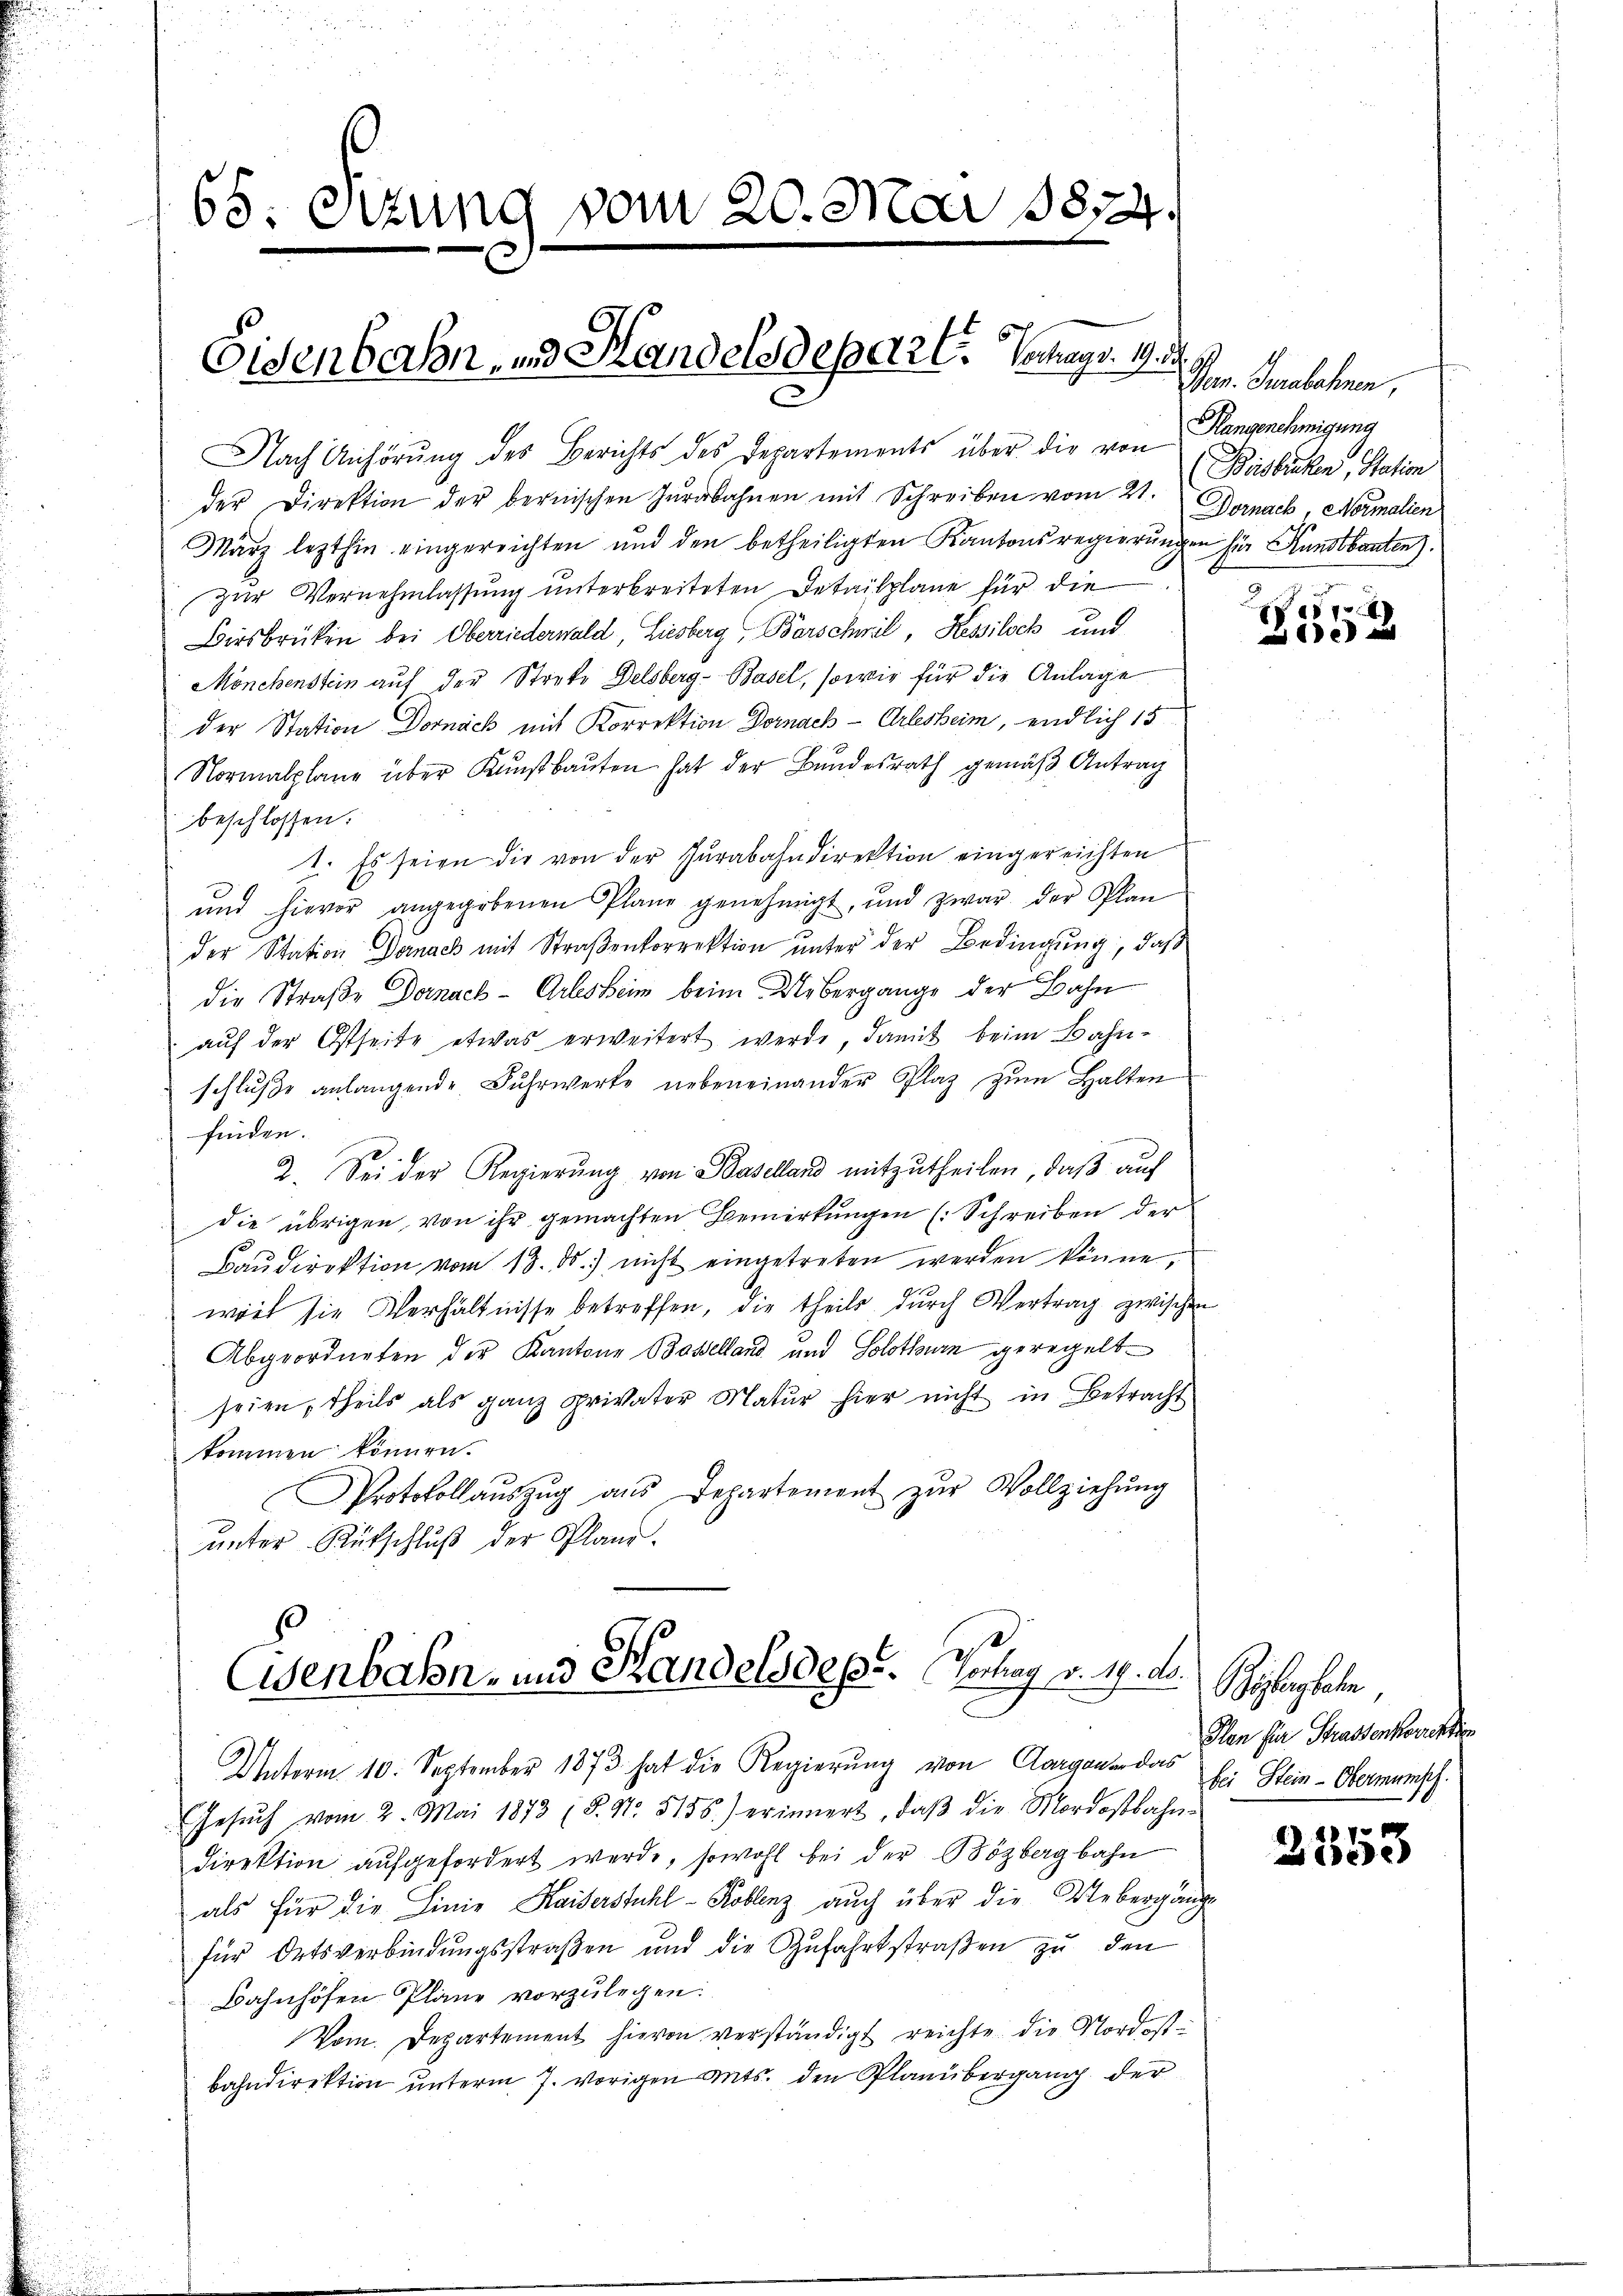
65. Etzung vom 20. Mai 1874

Eisenbahn, und Handelsdepart. Sags. 1.

Nach Anhörung des Berichts des Departements über die von
der Direktion der bernischen Jŭrabahnen mit Schreiben vom 21. Dornach, Normalien
März lezthin eingereichten und den betheiligten Kantonsregierŭngen für Kunstbauten).
zur Vernehmlassung unterbreiteten Detailpläne für die
Birsbrüken bei Oberriederwald, Liesberg, Barschwil, Kesslich und
Mönchenstein auf der Streke Delsberg-Basel, sowie für die Anlage
der Station Dornach mit Korrektion Dornach - Arlesheim, endlich 15
Normalplane über Kunstbauten hat der Bundesrath gemäß Antrag
beschlossen.
1. Es seien die von der Jurabahndirektion eingereichten
und hievor angegebenen Plane genehmigt, und zwar der Plan
der Station Dornach mit Straßenkorrektion unter der Bedingung, daß
die Straße Dornach- Arlesheim beim Uebergange der Bahn
auf der Ostseite etwas erweitert werde, damit beim Bahnschluße anlangende Fuhrwerke nebeneinander Plaz zum Halten
finden.
2. Sei der Regierung von Baselland mitzutheilen, daß auf
die übrigen, von ihr gemachten Bemerkŭngen (Schreiben der
Baŭdirektion vom 13. ds. nicht eingetreten werden könne,
wert sie Verhältnisse betreffen, die theils durch Vertrag zwischen
Abgeordneten der Kantone Baselland und Solothurn geregeltseien, theils als ganz privater Natŭr hier nicht in Betracht
kommen können.
Protokollaŭszŭg aŭs Departement zŭr Vollziehung
unter Rutschluß der Plane.

Eisenbahn- und Handels dess. Vertrag v. 19. ds.

Pon. Gerechnen,
Hangenehmigung
Beisbruken, Station

Unterm 10. September 1873 hat die Regierung von Aargauer das
Gesŭch vom 2. Mai 1873 (§. N. 5156.) erinnert, daβ die Mordostbahn-
direktion aufgefordert werde, sowohl bei der Bözbergbahn
als für die Linie Kaiserstuhl - Koblenz auch über die Uebergänge
für Ortsverbindungsstraßen und die Zufahrtstraßen zu den
Bahnhöfen Pläne vorzulegen:
Vom Departement hievon verständigt reichte die Nordostbahndirektion unterm 7. vorigen Ants. den Planübergang der

f
ea

Zibergehen,
Plan für Strassenkowichten
bei Stein-Obermumsch

12
Ziege